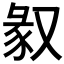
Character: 𠭣